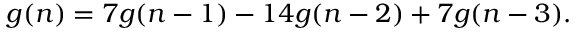
g ( n ) = 7 g ( n - 1 ) - 1 4 g ( n - 2 ) + 7 g ( n - 3 ) .